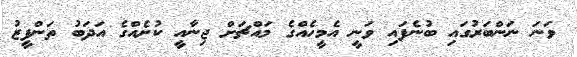
ވަނަ ނަންބަރުގައި ބުނެފައި ވަނީ އެމީހެއްގެ މައްޗަށް ޖިނާއީ ކުށެއްގެ އަދަބު ތަންފީޒު